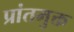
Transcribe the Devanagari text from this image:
प्रांतमुक्त